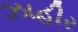
ઝાહીર